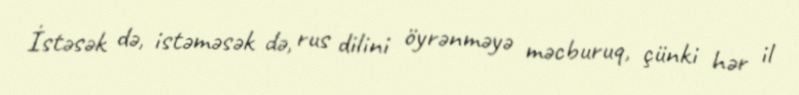
İstəsək də, istəməsək də, rus dilini öyrənməyə məcburuq, çünki hər il